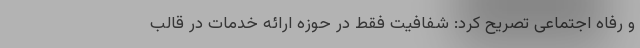
و رفاه اجتماعی تصریح کرد: شفافیت فقط در حوزه ارائه خدمات در قالب